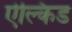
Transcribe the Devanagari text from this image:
ऐल्किड